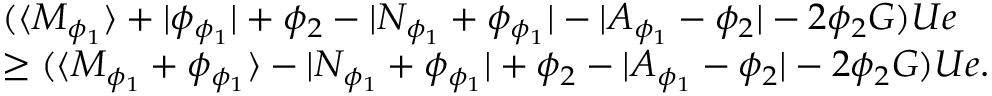
\begin{array} { r l } & { ( \langle M _ { \phi _ { 1 } } \rangle + \lvert \phi _ { \phi _ { 1 } } \rvert + \phi _ { 2 } - \lvert N _ { \phi _ { 1 } } + \phi _ { \phi _ { 1 } } \rvert - \lvert A _ { \phi _ { 1 } } - \phi _ { 2 } \rvert - 2 \phi _ { 2 } G ) U e } \\ & { \geq ( \langle M _ { \phi _ { 1 } } + \phi _ { \phi _ { 1 } } \rangle - \lvert N _ { \phi _ { 1 } } + \phi _ { \phi _ { 1 } } \rvert + \phi _ { 2 } - \lvert A _ { \phi _ { 1 } } - \phi _ { 2 } \rvert - 2 \phi _ { 2 } G ) U e . } \end{array}